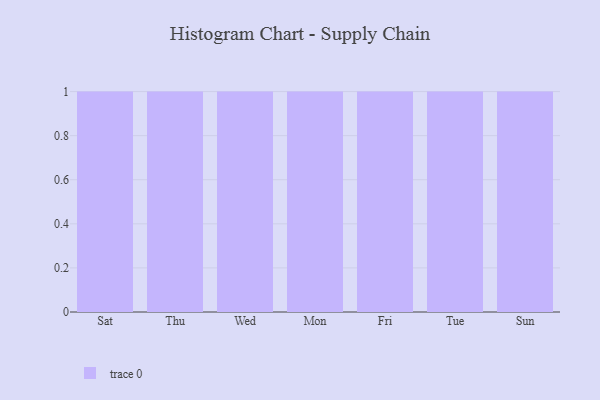
{"axis": {"x": "Day", "y": "Satisfaction Score"}, "legend": [""], "data": [{"x": "Sat", "y": 50, "type": ""}, {"x": "Thu", "y": 19, "type": ""}, {"x": "Wed", "y": 5, "type": ""}, {"x": "Mon", "y": 21, "type": ""}, {"x": "Fri", "y": 71, "type": ""}, {"x": "Tue", "y": 93, "type": ""}, {"x": "Sun", "y": 51, "type": ""}]}